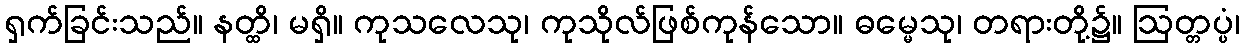
ရှက်ခြင်းသည်။ နတ္ထိ၊ မရှိ။ ကုသလေသု၊ ကုသိုလ်ဖြစ်ကုန်သော။ ဓမ္မေသု၊ တရားတို့၌။ ဩတ္တပ္ပံ၊